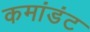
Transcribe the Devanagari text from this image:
कमांडंट